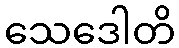
သေဒေါတိ